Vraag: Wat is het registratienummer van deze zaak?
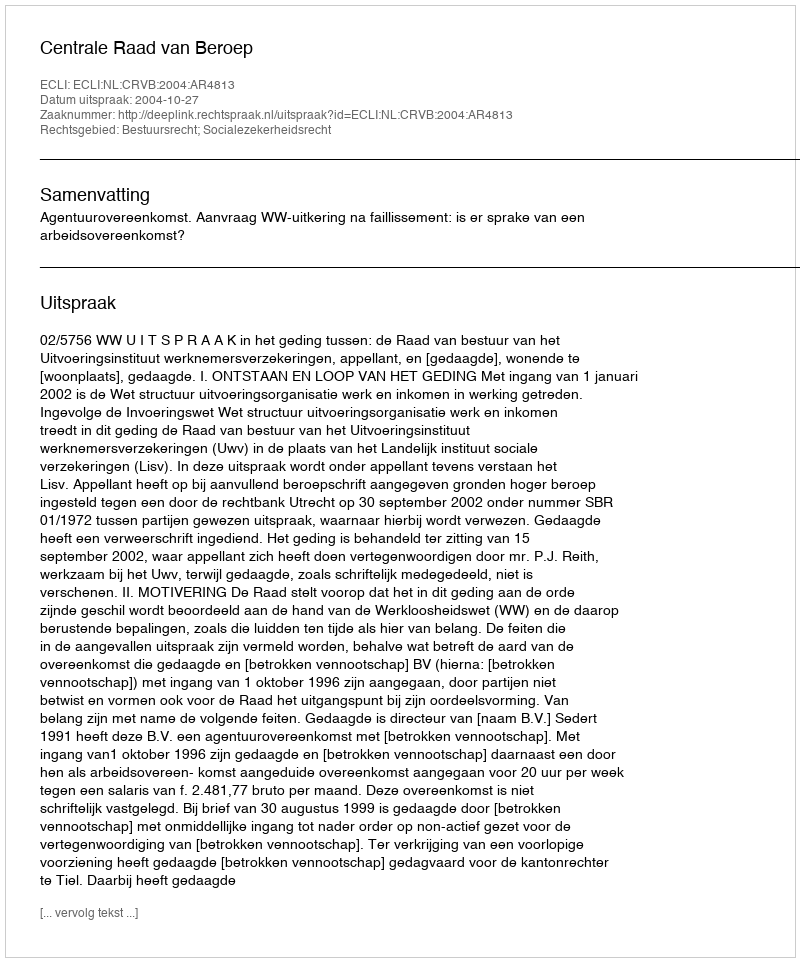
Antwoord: http://deeplink.rechtspraak.nl/uitspraak?id=ECLI:NL:CRVB:2004:AR4813